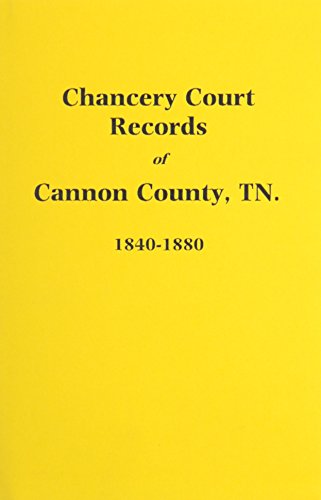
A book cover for Cannon County, TN, Chancery Court Records, 1840-1880; Thomas E. Partlow; Law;